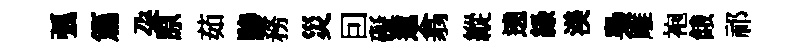
弧篇朶原茹驂務災囙礙邀翕縱遶緑渼梟雕袍餓祁